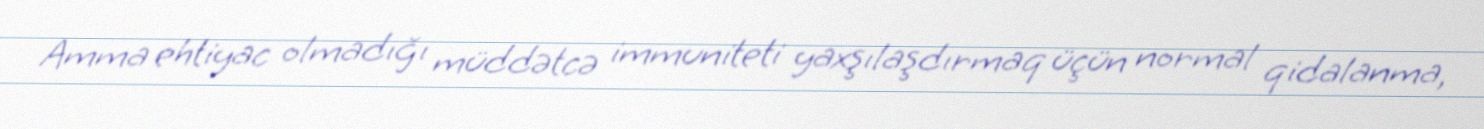
Amma ehtiyac olmadığı müddətcə immuniteti yaxşılaşdırmaq üçün normal qidalanma,